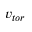
v _ { t o r }